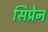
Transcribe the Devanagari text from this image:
सिप्रेन